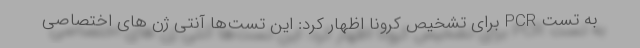
به تست PCR برای تشخیص کرونا اظهار کرد: این تست‌ها آنتی ژن های اختصاصی